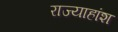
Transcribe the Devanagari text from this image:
राज्याहांश